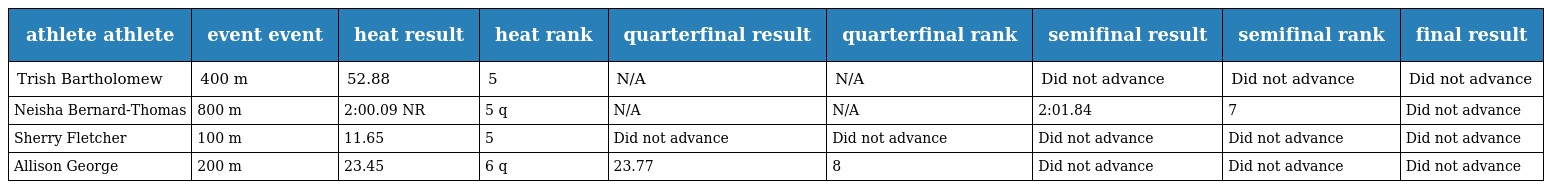
| athlete athlete | event event | heat result | heat rank | quarterfinal result | quarterfinal rank | semifinal result | semifinal rank | final result |
 | --- | --- | --- | --- | --- | --- | --- | --- | --- |
 | Trish Bartholomew | 400 m | 52.88 | 5 | N/A | N/A | Did not advance | Did not advance | Did not advance |
 | Neisha Bernard-Thomas | 800 m | 2:00.09 NR | 5 q | N/A | N/A | 2:01.84 | 7 | Did not advance |
 | Sherry Fletcher | 100 m | 11.65 | 5 | Did not advance | Did not advance | Did not advance | Did not advance | Did not advance |
 | Allison George | 200 m | 23.45 | 6 q | 23.77 | 8 | Did not advance | Did not advance | Did not advance |